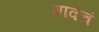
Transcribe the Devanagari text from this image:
गावचं